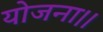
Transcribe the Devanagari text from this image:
योजना।।